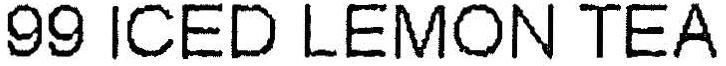
99 ICED LEMON TEA